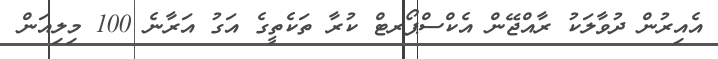
އެއިރުން ދުވާލަކު ރާއްޖޭން އެކްސްޕޯރޓް ކުރާ ތަކެތީގެ އަގު އަރާނެ 100 މިލިއަން